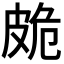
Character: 𭽩